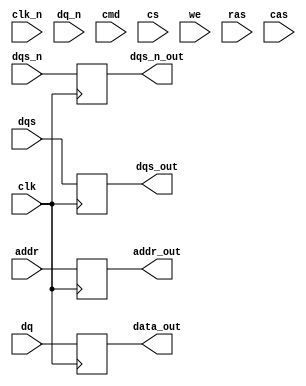
module gddr4_io_block (
    input wire clk,           // System clock
    input wire clk_n,         // Inverted system clock
    input wire [15:0] dq,     // Data lines (x16)
    input wire [15:0] dq_n,   // Inverted data lines (x16)
    input wire [7:0] addr,    // Address lines
    input wire [3:0] cmd,     // Command lines
    input wire dqs,           // Data strobe
    input wire dqs_n,         // Inverted data strobe
    input wire cs,            // Chip select
    input wire we,            // Write enable
    input wire ras,           // Row address strobe
    input wire cas,           // Column address strobe
    output wire [15:0] data_out, // Output data
    output wire dqs_out,      // Output data strobe
    output wire dqs_n_out,    // Inverted output data strobe
    output wire [7:0] addr_out // Address output
);

    // Internal signals
    reg [15:0] data_reg;
    reg [7:0] addr_reg;
    reg dqs_reg;
    reg dqs_n_reg;

    // Clock generation (simple example)
    always @(posedge clk) begin
        // Implement clock generation logic here
    end

    // Timing control and alignment (simplified)
    always @(posedge clk) begin
        // Align data with clock edges
        data_reg <= dq;
        addr_reg <= addr;
        dqs_reg <= dqs;
        dqs_n_reg <= dqs_n;
    end

    // Output driver (simplified)
    assign data_out = data_reg;
    assign addr_out = addr_reg;
    assign dqs_out = dqs_reg;
    assign dqs_n_out = dqs_n_reg;

    // Command decoding and control logic (simplified)
    always @(posedge clk) begin
        if (cs) begin
            // Handle commands
            if (we) begin
                // Write operation
                // Add write logic here
            end else begin
                // Read operation
                // Add read logic here
            end
        end
    end

    // Additional logic for ECC, BIST, etc. can be added here

endmodule